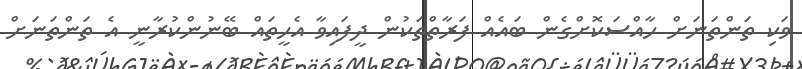
ވަކި ތަންތަނަށް ހާއްސަކޮށްގެން ބައެއް ފަރާތްތަކުން ދީފައިވާ އެހީތައް ބޭނުންކުރާނީ އެ ތަންތަނަށް